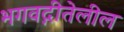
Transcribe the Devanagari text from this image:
भगवद्गीतेलील